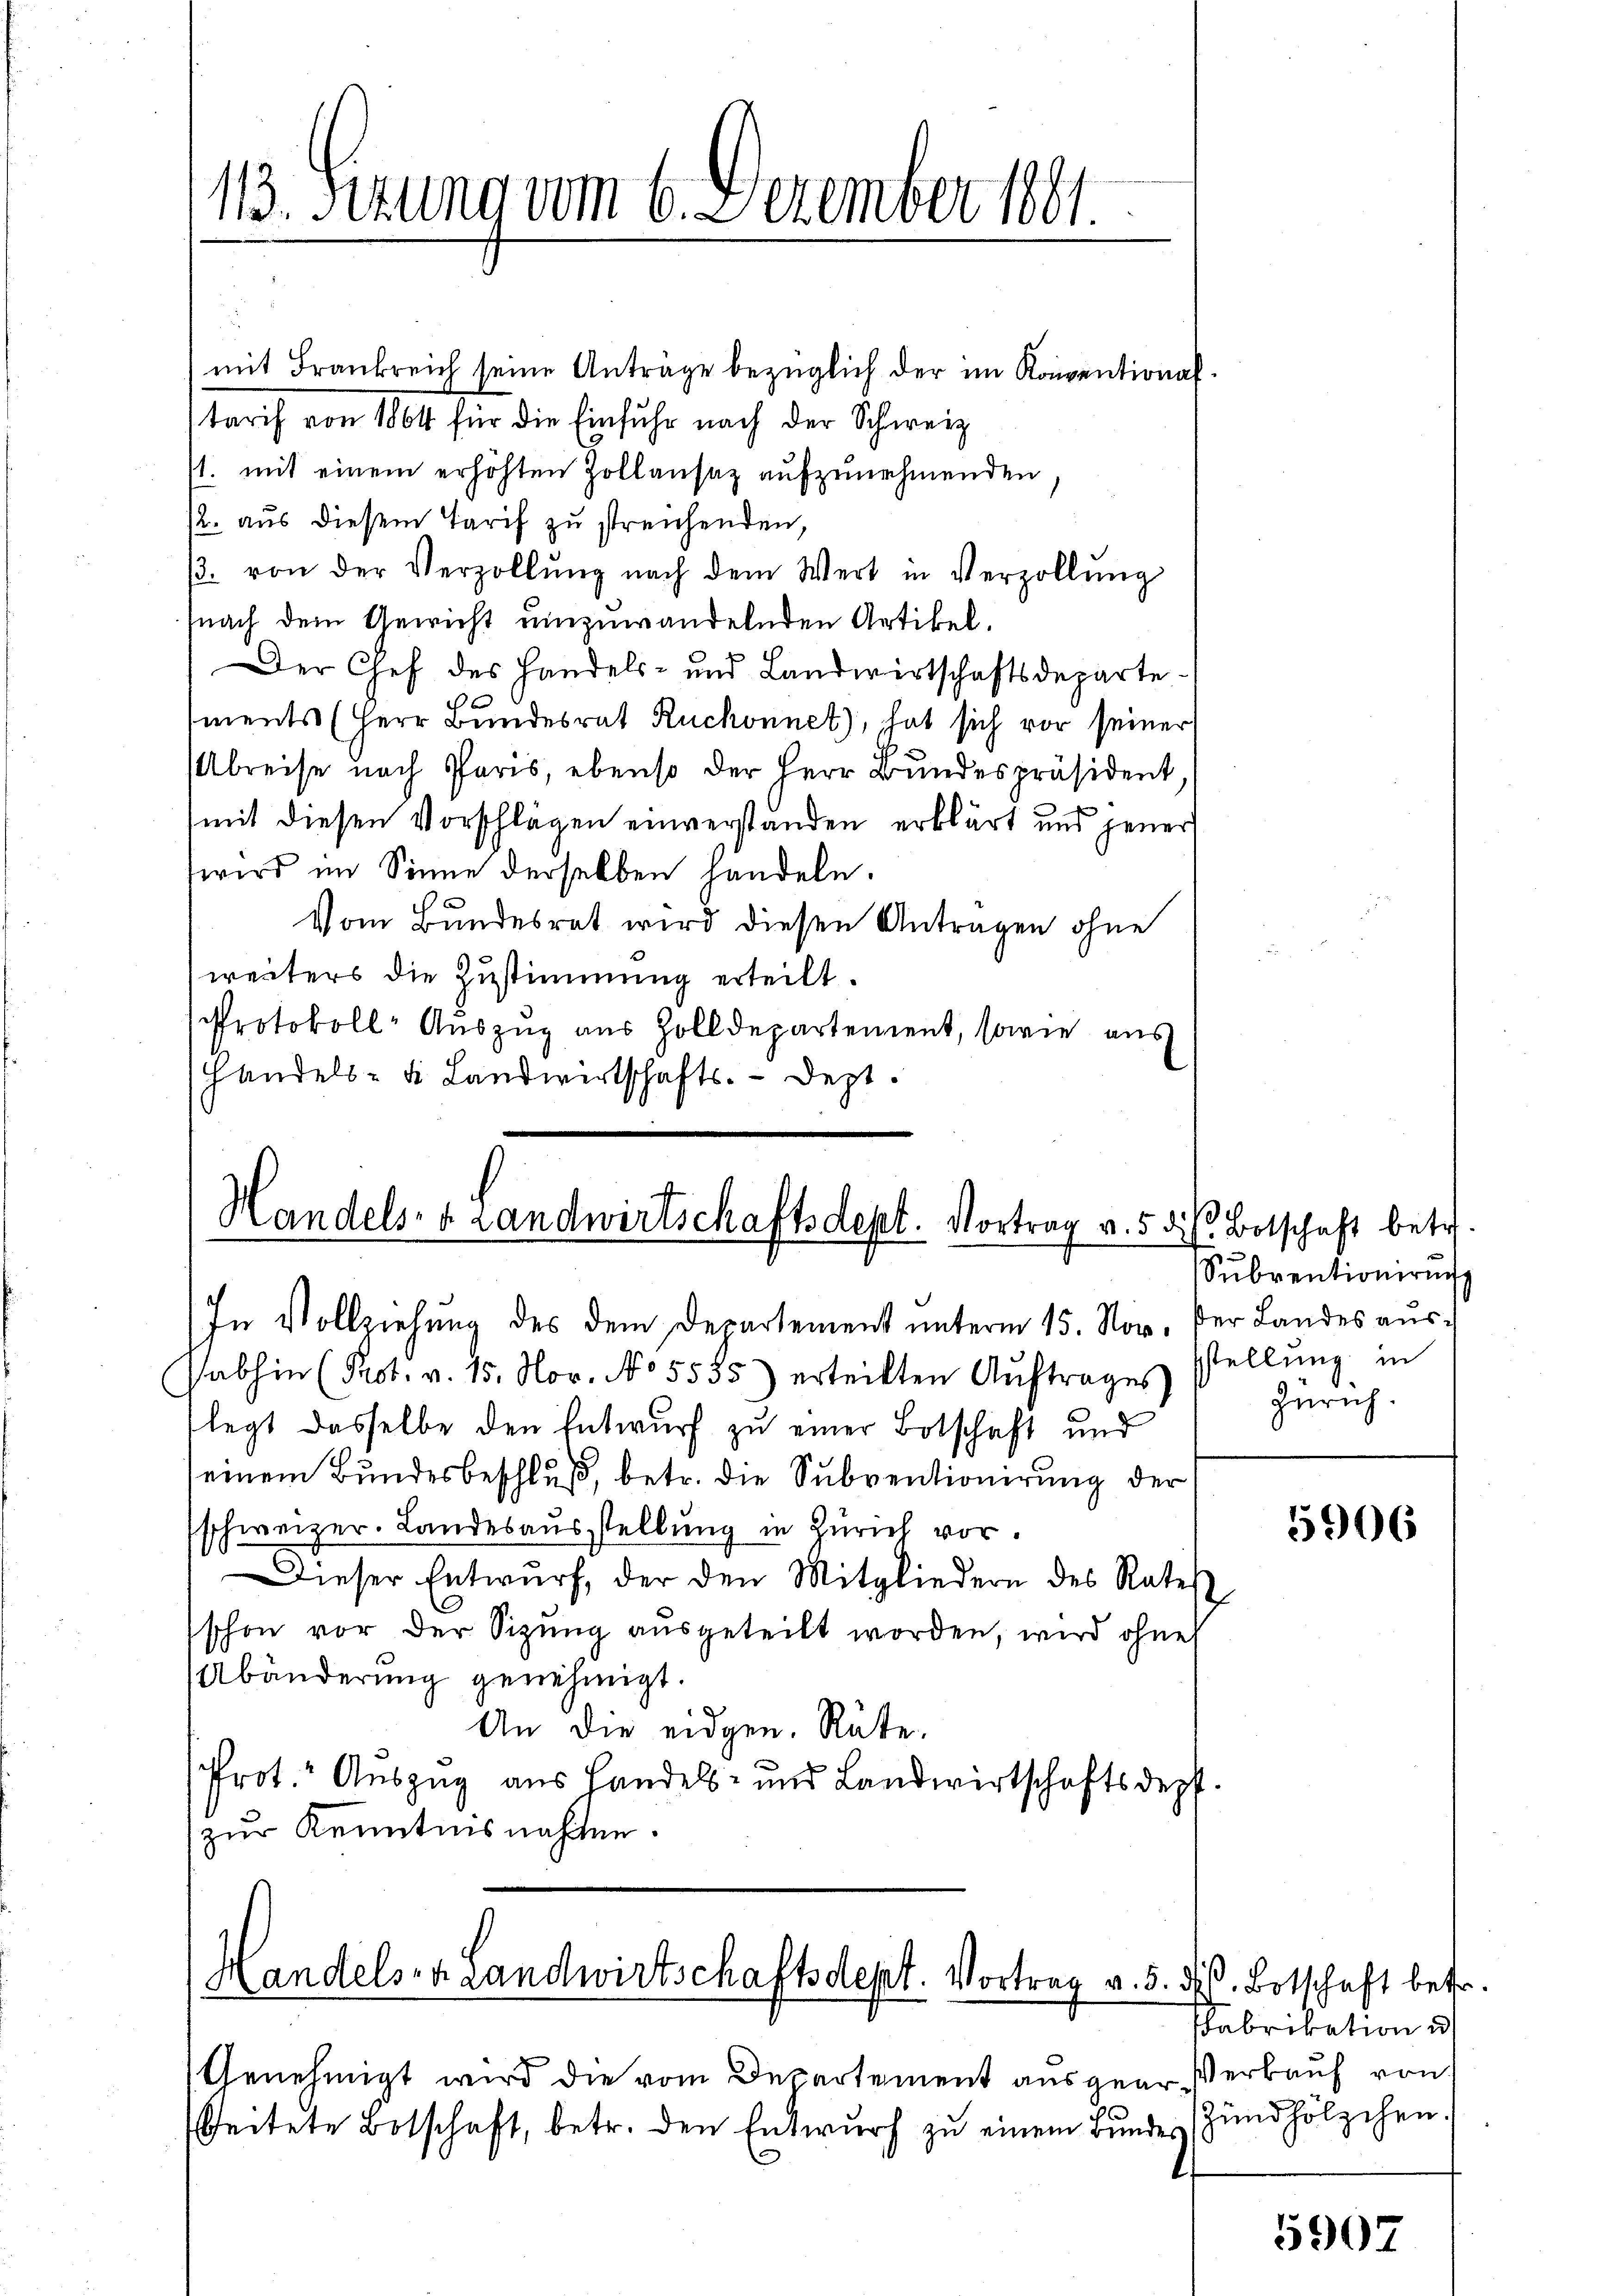
13. Sezung vom 6. Dezember 1801.

mit Frankreich seine Anträge bezüglich der im Konventionaltarif von 1864 für die Einfuhr nach der Schweiz
/1. mit einem erhöhten Zollansaz aufzunehmenden
12. aus diesem Tarif zu streichenden,
. von der Verzollŭng nach dem Wert in Verzollŭng
fnach dem Gewicht umzuwandelnden Artikel.
Der Chef des Handels- und Landwirtschaftsdepartements (Herr Bundesrat Ruchonnet), hat sich vor seiner
Abreise nach Paris, ebenso der Herr Bundespräsident
mit diesen Vorschlägen einverstanden erklärt und jener
wird im Sinne derselben handeln.
Vom Bundesrat wird diesen Antragen ohne
weiters die Zustimmung erteilt.
Protokoll- Auszug aus Zolldepartement, sowie aus
handels- & Landwirtschafts-Dept.

Handels- & Landwirtschaftsdept. Vortrag v. 5. d. Botschaft betr.

In Vollziehung des dem Departement unterm 15. Nov. der Landes aŭs-
abhin (Prot. v. 15. Nov. No 5555) erteilten Aŭftrages
legt dasselbe den Entwurf zu einer Botschaft und
einem Bundesbeschluß, betr. die Subventionirung der
schweizer. Landesausstellung in Zürich vor.
Dieser Entwŭrf, der den Mitgliedern des Rates
schon vor der Sizung aŭsgeteilt worden, wird ohne
Abänderung genehmigt.
An die eidgen. Räte.
Prot. Auszug aus Handels- und Landwirtschaftsdepf.
zur Kenntnisnahmen.

Handels- Landwirtschaftsdept. Vortrag v. 5. d. Botschaft betr.

Genehmigt wird die vom Departement ausgear-Verkauf von
seitete Botschaft, betr. den Entwurf zu einem Bundes

Subventioniren
sstellung in
Zürich.

5906

Fabrikation u
Zündhölzchen.

5907